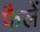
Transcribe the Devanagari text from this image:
फैलें